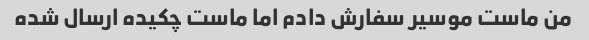
من ماست موسیر سفارش دادم اما ماست چکیده ارسال شده